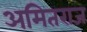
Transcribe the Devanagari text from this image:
अमितराज